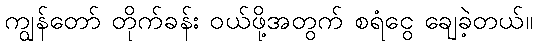
ကျွန်တော် တိုက်ခန်း ဝယ်ဖို့အတွက် စရံငွေ ချေခဲ့တယ်။